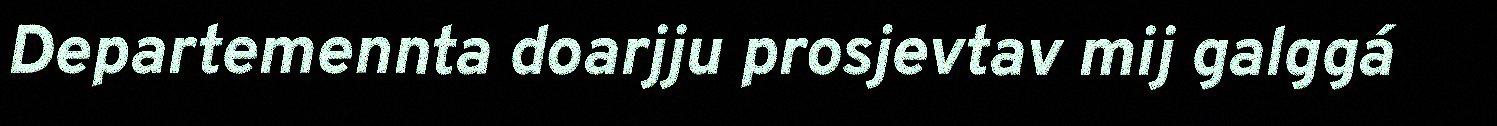
Departemennta doarjju prosjevtav mij galggá